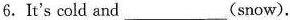
6.It's cold and___(snow)。